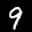
Label: 9